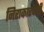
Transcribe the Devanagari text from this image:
निराकारवादी